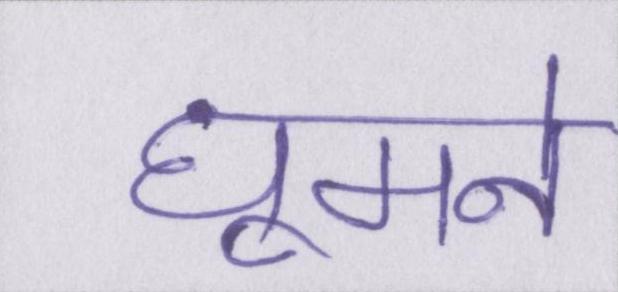
घूमने